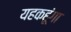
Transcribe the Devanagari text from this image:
यहकहूंगा